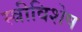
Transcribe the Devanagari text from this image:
स्त्रीविशेष